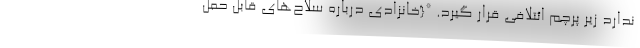
ندارد زیر پرچم ائتلافی قرار گیرد. *{خانزادی درباره سلاح‌های قابل حمل